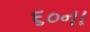
૬૦ના